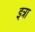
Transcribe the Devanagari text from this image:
इत्रा